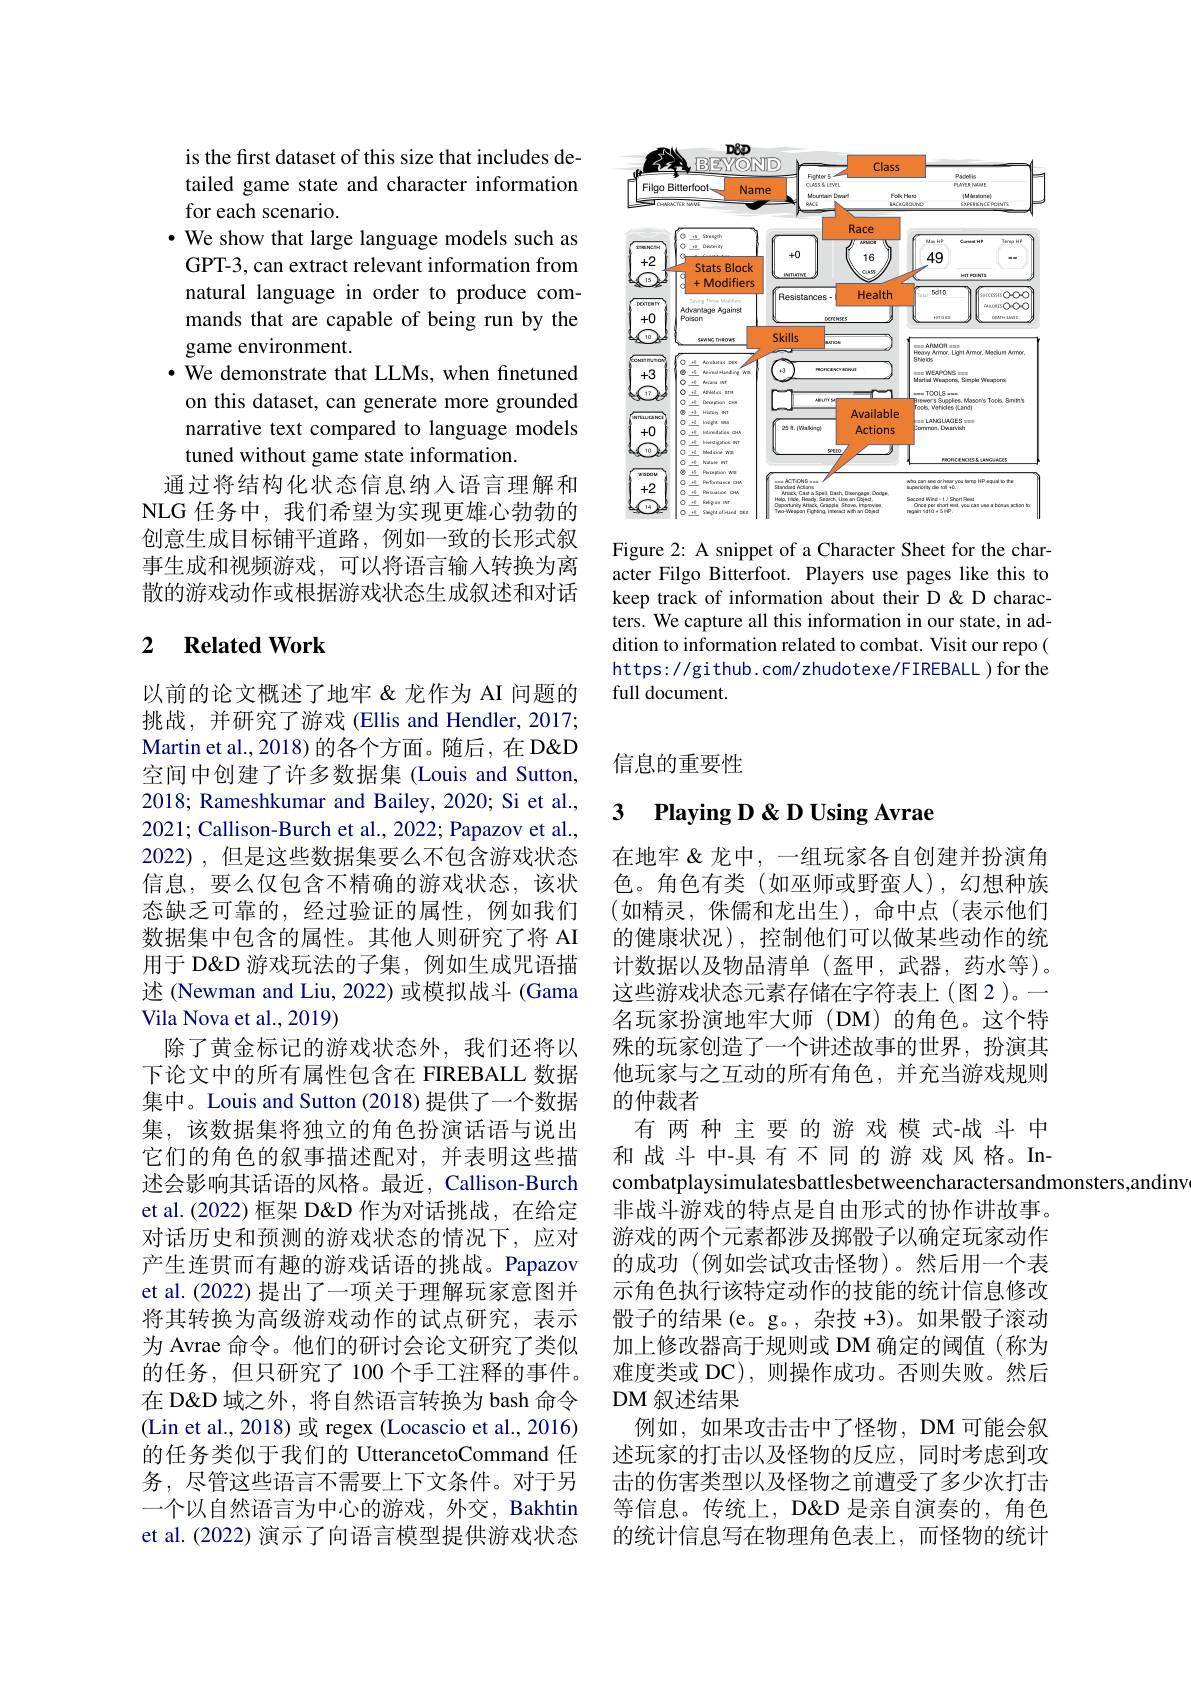
is the first dataset of this size that includes detailed game state and character information for each scenario.
· We show that large language models such as GPT-3, can extract relevant information from natural language in order to produce commands that are capable of being run by the game environment.
· We demonstrate that LLMs, when finetuned
on this dataset, can generate more grounded narrative text compared to language models tuned without game state information.
通过将结构化状态信息纳入语言理解和NLG 任务中，我们希望为实现更雄心勃勃的创意生成目标铺平道路，例如一致的长形式叙事生成和视频游戏，可以将语言输入转换为离散的游戏动作或根据游戏状态生成叙述和对话

### 2 $\textbf{Related Work}$

以前的论文概述了地牢&龙作为 AI 问题的挑战，并研究了游戏 (Ellis and Hendler, 2017; Martin et al., 2018) 的各个方面。随后，在 D&D 空间中创建了许多数据集 (Louis and Sutton, 2018; Rameshkumar and Bailey, 2020; Si et al., 2021; Callison-Burch et al., 2022; Papazov et al., 2022),但是这些数据集要么不包含游戏状态信息，要么仅包含不精确的游戏状态，该状态缺乏可靠的，经过验证的属性，例如我们数据集中包含的属性。其他人则研究了将 AI 用于 D&D&D 游戏玩法的子集，例如生成咒语描述 (Newman and Liu, 2022) 或模拟战斗 (Gama Vila Nova et al., 2019)
除了黄金标记的游戏状态外，我们还将以下论文中的所有属性包含在 FIREBALL 数据集中。Louis and Sutton (2018) 提供了一个数据集，该数据集将独立的角色扮演话语与说出它们的角色的叙事描述配对，并表明这些描述会影响其话语的风格。最近，Callison-Burch et al.(2022) 框架 D&D 作为对话挑战，在给定对话历史和预测的游戏状态的情况下，应对产生连贯而有趣的游戏话语的挑战。Papazov et al. (2022) 提出了一项关于理解玩家意图并将其转换为高级游戏动作的试点研究，表示为 Avrae 命令。他们的研讨会论文研究了类似的任务，但只研究了 100 个手工注释的事件。在 D&D 域之外，将自然语言转换为 bash 命令(Lin et al., 2018) 或 regex (Locascio et al., 2016) 的任务类似于我们的 UtterancetoCommand 任务，尽管这些语言不需要上下文条件。对于另一个以自然语言为中心的游戏，外交，Bakhtin et al. (2022) 演示了向语言模型提供游戏状态

<FigureHere>

Figure 2: A snippet of a Character Sheet for the character Filgo Bitterfoot. Players use pages like this to keep track of information about their D & D characters. We capture all this information in our state, in addition to information related to combat. Visit our repo( https://github.com/zhudotexe/FIREBALL)for the full document.

信息的重要性

### 3 Playing D&DUsing Avrae

在地牢&龙中，一组玩家各自创建并扮演角色。角色有类(如巫师或野蛮人),幻想种族(如精灵，侏儒和龙出生),命中点(表示他们的健康状况),控制他们可以做某些动作的统计数据以及物品清单(盔甲，武器，药水等)。这些游戏状态元素存储在字符表上(图2)。一名玩家扮演地牢大师(DM)的角色。这个特殊的玩家创造了一个讲述故事的世界，扮演其他玩家与之互动的所有角色，并充当游戏规则的仲裁者
有两种主要的游戏模式-战斗中和战斗中-具有不同的游戏风格。Incombatplaysimulatesbattlesbetweencharactersandmonsters,andinv
非战斗游戏的特点是自由形式的协作讲故事。游戏的两个元素都涉及掷骰子以确定玩家动作的成功 (例如尝试攻击怪物)。然后用一个表示角色执行该特定动作的技能的统计信息修改骰子的结果(e。g。,杂技 +3)。如果骰子滚动加上修改器高于规则或 DM 确定的阈值(称为难度类或 DC),则操作成功。否则失败。然后DM 叙述结果
例如，如果攻击击中了怪物，DM可能会叙述玩家的打击以及怪物的反应，同时考虑到攻击的伤害类型以及怪物之前遭受了多少次打击等信息。传统上，D&D 是亲自演奏的，角色的统计信息写在物理角色表上，而怪物的统计